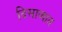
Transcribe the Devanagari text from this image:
दिसाव्यात